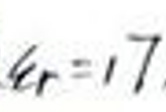
$\epsilon _ { r } = 1 7$